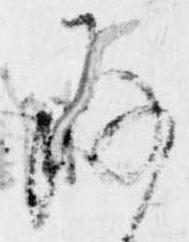
存